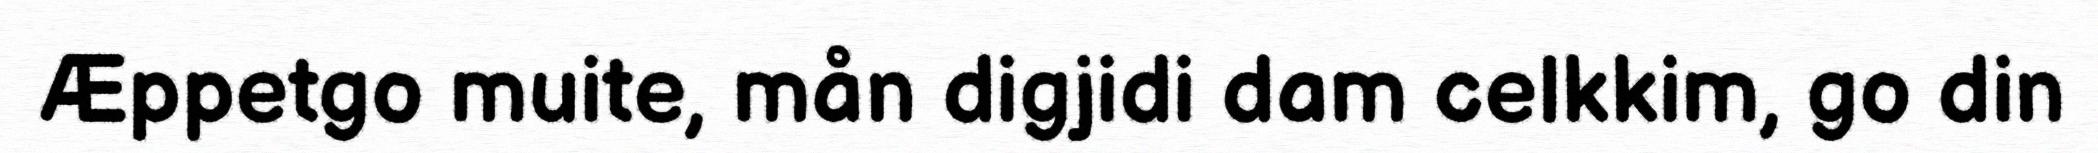
Æppetgo muite, mån digjidi dam celkkim, go din